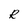
Character: R